Lock hospitals Punjab
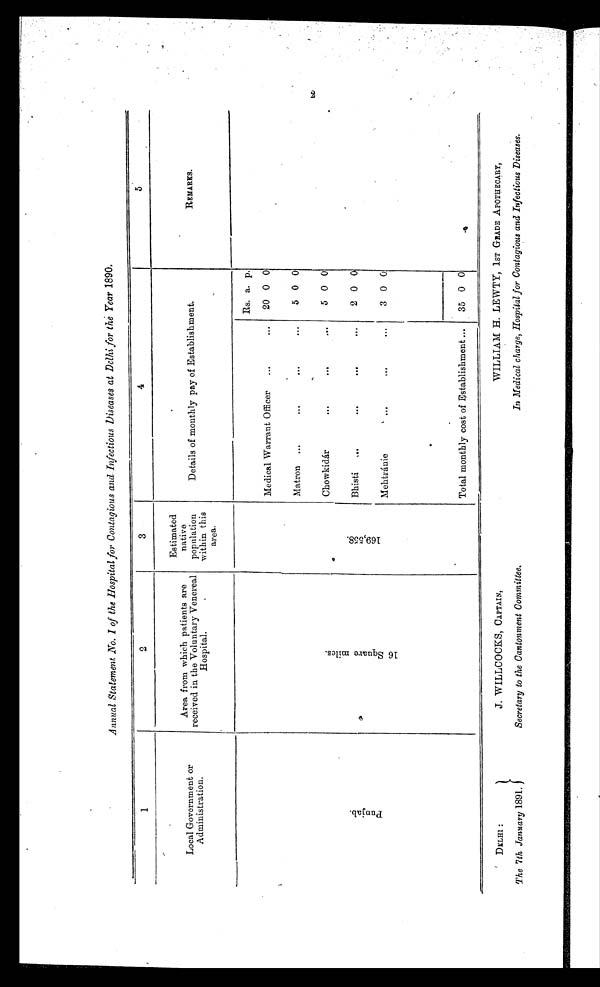
Annual Statement No. I of the Hospital for Contagious and Infectious Diseases at Delhi for the Year 1890.
1
2
3
4
5
Local Government or
Adminis t r a t i o n .
Area from which patients are
received in the Voluntary Venereal
Hospital.
Estimated
native
population
within this
area.
Details of monthly pay of Establishment.
REMARKS.
P u n j a b .
1 6 S q u a r e m i l e s .
1 6 9 , 5 5 8 .
Rs. a. p.
Medical Warrant Officer
...
...
20 0 0
Matron ..
...
...
...
5 0 0
Chowkidár
. . .
...
...
5 0
0
Bhisti
...
. . .
. . .
...
2 0 0
Mehtránie
. . .
...
...
3 0 0
Total monthly cost of Establishment ...
35 0 0
2
DELHI :
The 7 th January 1891.
J. WILLCOCKS, CAPTAIN,
Secretary to the Cantonment Committee.
WILLIAM H. LEWTY, 1ST GRADE APOTHECARY,
In Medical charge, Hospital for Contagious and Infectious Diseases.